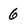
Character: 6